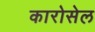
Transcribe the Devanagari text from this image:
कारोसेल